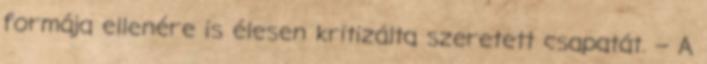
formája ellenére is élesen kritizálta szeretett csapatát. – A